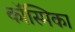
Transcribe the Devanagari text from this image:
कॉस्मिका